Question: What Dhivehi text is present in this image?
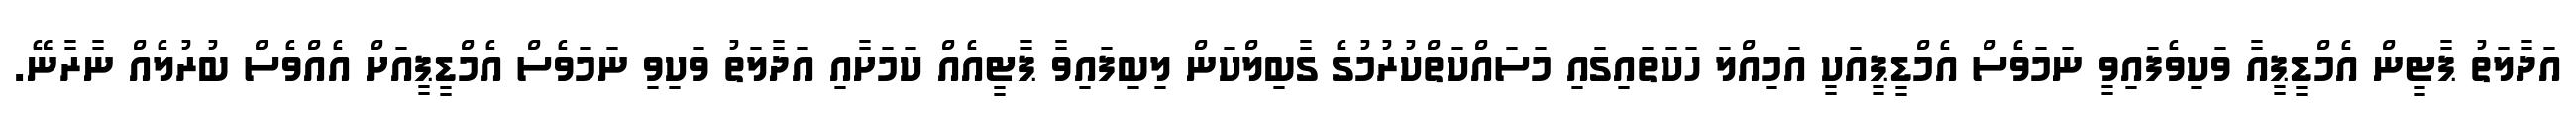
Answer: އަދާލަތު ޕާޓީން އެމްޑީޕީއާ ވަކިވެފައިވީ ނަމަވެސް އެމްޑީޕީއަކީ އަމިއްލަ ހަކަތައިގައި މަސައްކަތްކުރުމުގެ ގާބިލްކަން ލިބިފައިވާ ޕާޓީއެއް ކަމަށާއި އަދާލަތު ވަކިވި ނަމަވެސް އެމްޑީޕީއަށް އެއްވެސް ބުރުލެއް ނާރާނޭ.